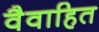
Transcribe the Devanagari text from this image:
वैवाहित